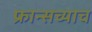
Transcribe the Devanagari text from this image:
फ्रान्सच्याच